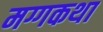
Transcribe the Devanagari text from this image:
मग्गकथा